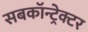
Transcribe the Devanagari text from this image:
सबकॉन्ट्रेक्टर